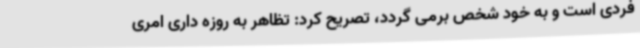
فردی است و به خود شخص برمی گردد، تصریح کرد: تظاهر به روزه داری امری